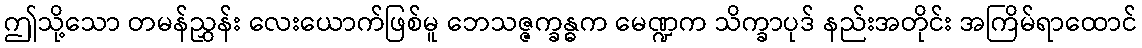
ဤသို့သော တမန်ညွှန်း လေးယောက်ဖြစ်မူ ဘေသဇ္ဇက္ခန္ဓက မေဏ္ဍက သိက္ခာပုဒ် နည်းအတိုင်း အကြိမ်ရာထောင်